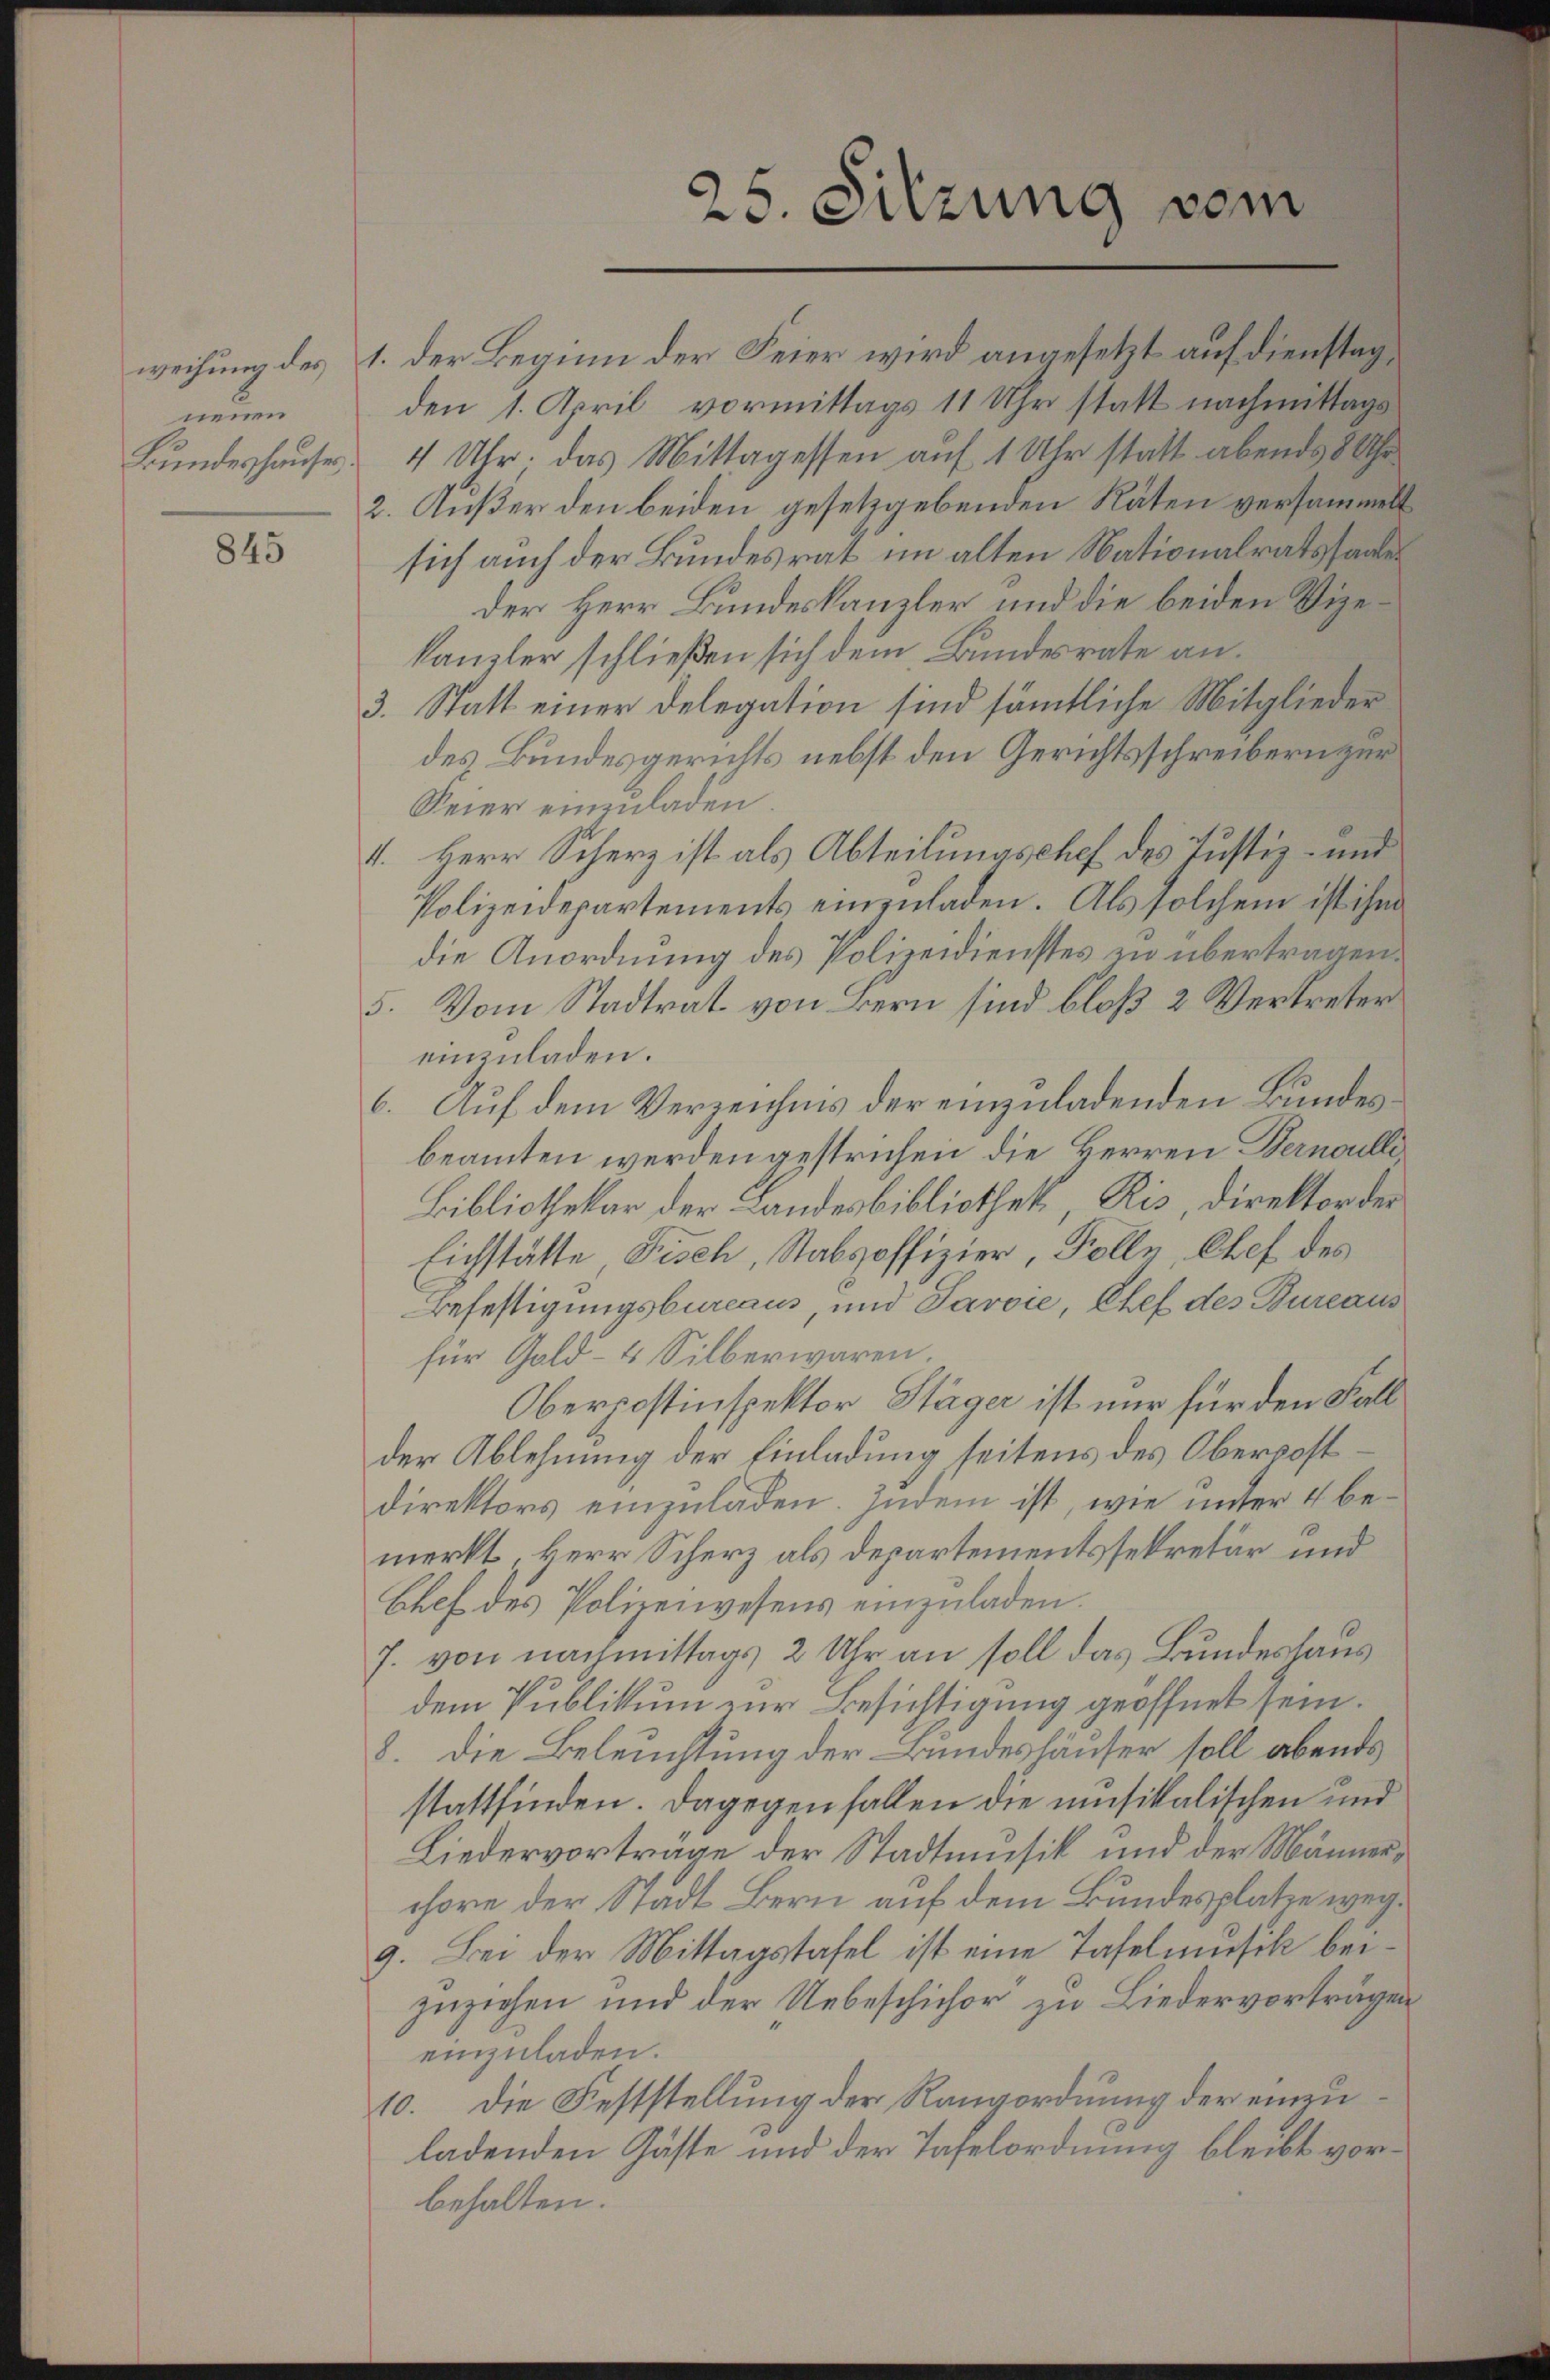
genen
Bundeshauses

845

weihung des 1. der Beginn der Feier wird angesetzt auf dienstag,
den 1. April vormittags 11 Uhr statt nachmittags
4 Uhr. das Mittagessen auf 1 Uhr statt abends 8 Uhr
2. Außer den beiden gesetzgebenden Räten versammelt
sich auch der Bundesrat im alten Nationalratssaates
der Herr Bundeskanzler und die beiden Vizekanzler schließen sich dem Bundesrate an.
3. Statt einer Delegation sind sämmtliche Mitglieder
des Bundesgerichts nebst den Gerichtsschreibern zur
Seier einzuladen.
4. Herr Scherz ist als Abteilungschef des Justiz- und
Polizeidepartements einzuladen. Als solchem ist ihm
die Anordnung des Polizeidienstes zu übertragen.
5. Vom Stadtrat von Bern sind bloß 2 Vertreter
einzuladen.
6. Auf dem Verzeichnis der einzuladenden Bundesbeamten werden gestrichen die Herren Bernoulli¬
Bibliothekar der Landesbibliothek Ris, direktor der
Eichstätte, Fisch, Stabsoffizier, Folle, Chef des
Befestigungsbureaus, und Savoie, Chef des Bureaus
für Gold- & Silberwaren.
Oberpostinspektor Stäger ist nur für den Fall
der Ablehnung der Einladung seitens des Oberpostdirektors einzuladen. Indem ist, wie unter 4 bemerkt, Herr Scherz als Departementssekretär und
Chef des Polizeiwesens einzuladen.
J. von nachmittags 2 Uhr an soll das Bundeshaus
dem Publikum zur Besichtigung geöffnet sein.
8. Die Beleuchtung der Bundeshäuser soll abends
stattfinden. Dagegen fallen die musikalischen und
Liedervorträge der Stadtmusik und der Männerchore der Stadt Bern auf dem Bundesplatze weg¬
9. Bei der Mittagstafel ist eine Tafelmusik beizuziehen und der Uebeschichor zu Liedervorträgen
einzuladen.
10. die Feststellung der Rangordnung der einzuladenden Gäste und der Tafelordnung bleibt vorbehalten.

25. Sitzung vom